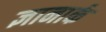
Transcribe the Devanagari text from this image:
ज्ञानार्क